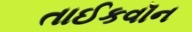
તાઈકવૉન